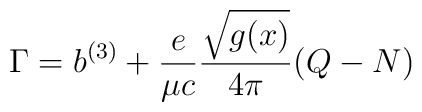
\Gamma = b^{(3)} + {e \over \mu c}{\sqrt{g(x)}\over 4\pi}(Q-N)\nonumber